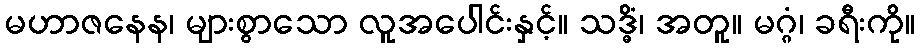
မဟာဇနေန၊ များစွာသော လူအပေါင်းနှင့်။ သဒ္ဓိံ၊ အတူ။ မဂ္ဂံ၊ ခရီးကို။